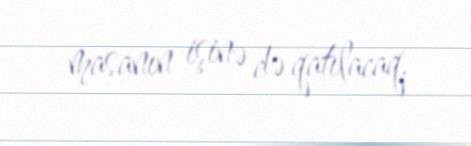
masanın işinə də qatılacaq.